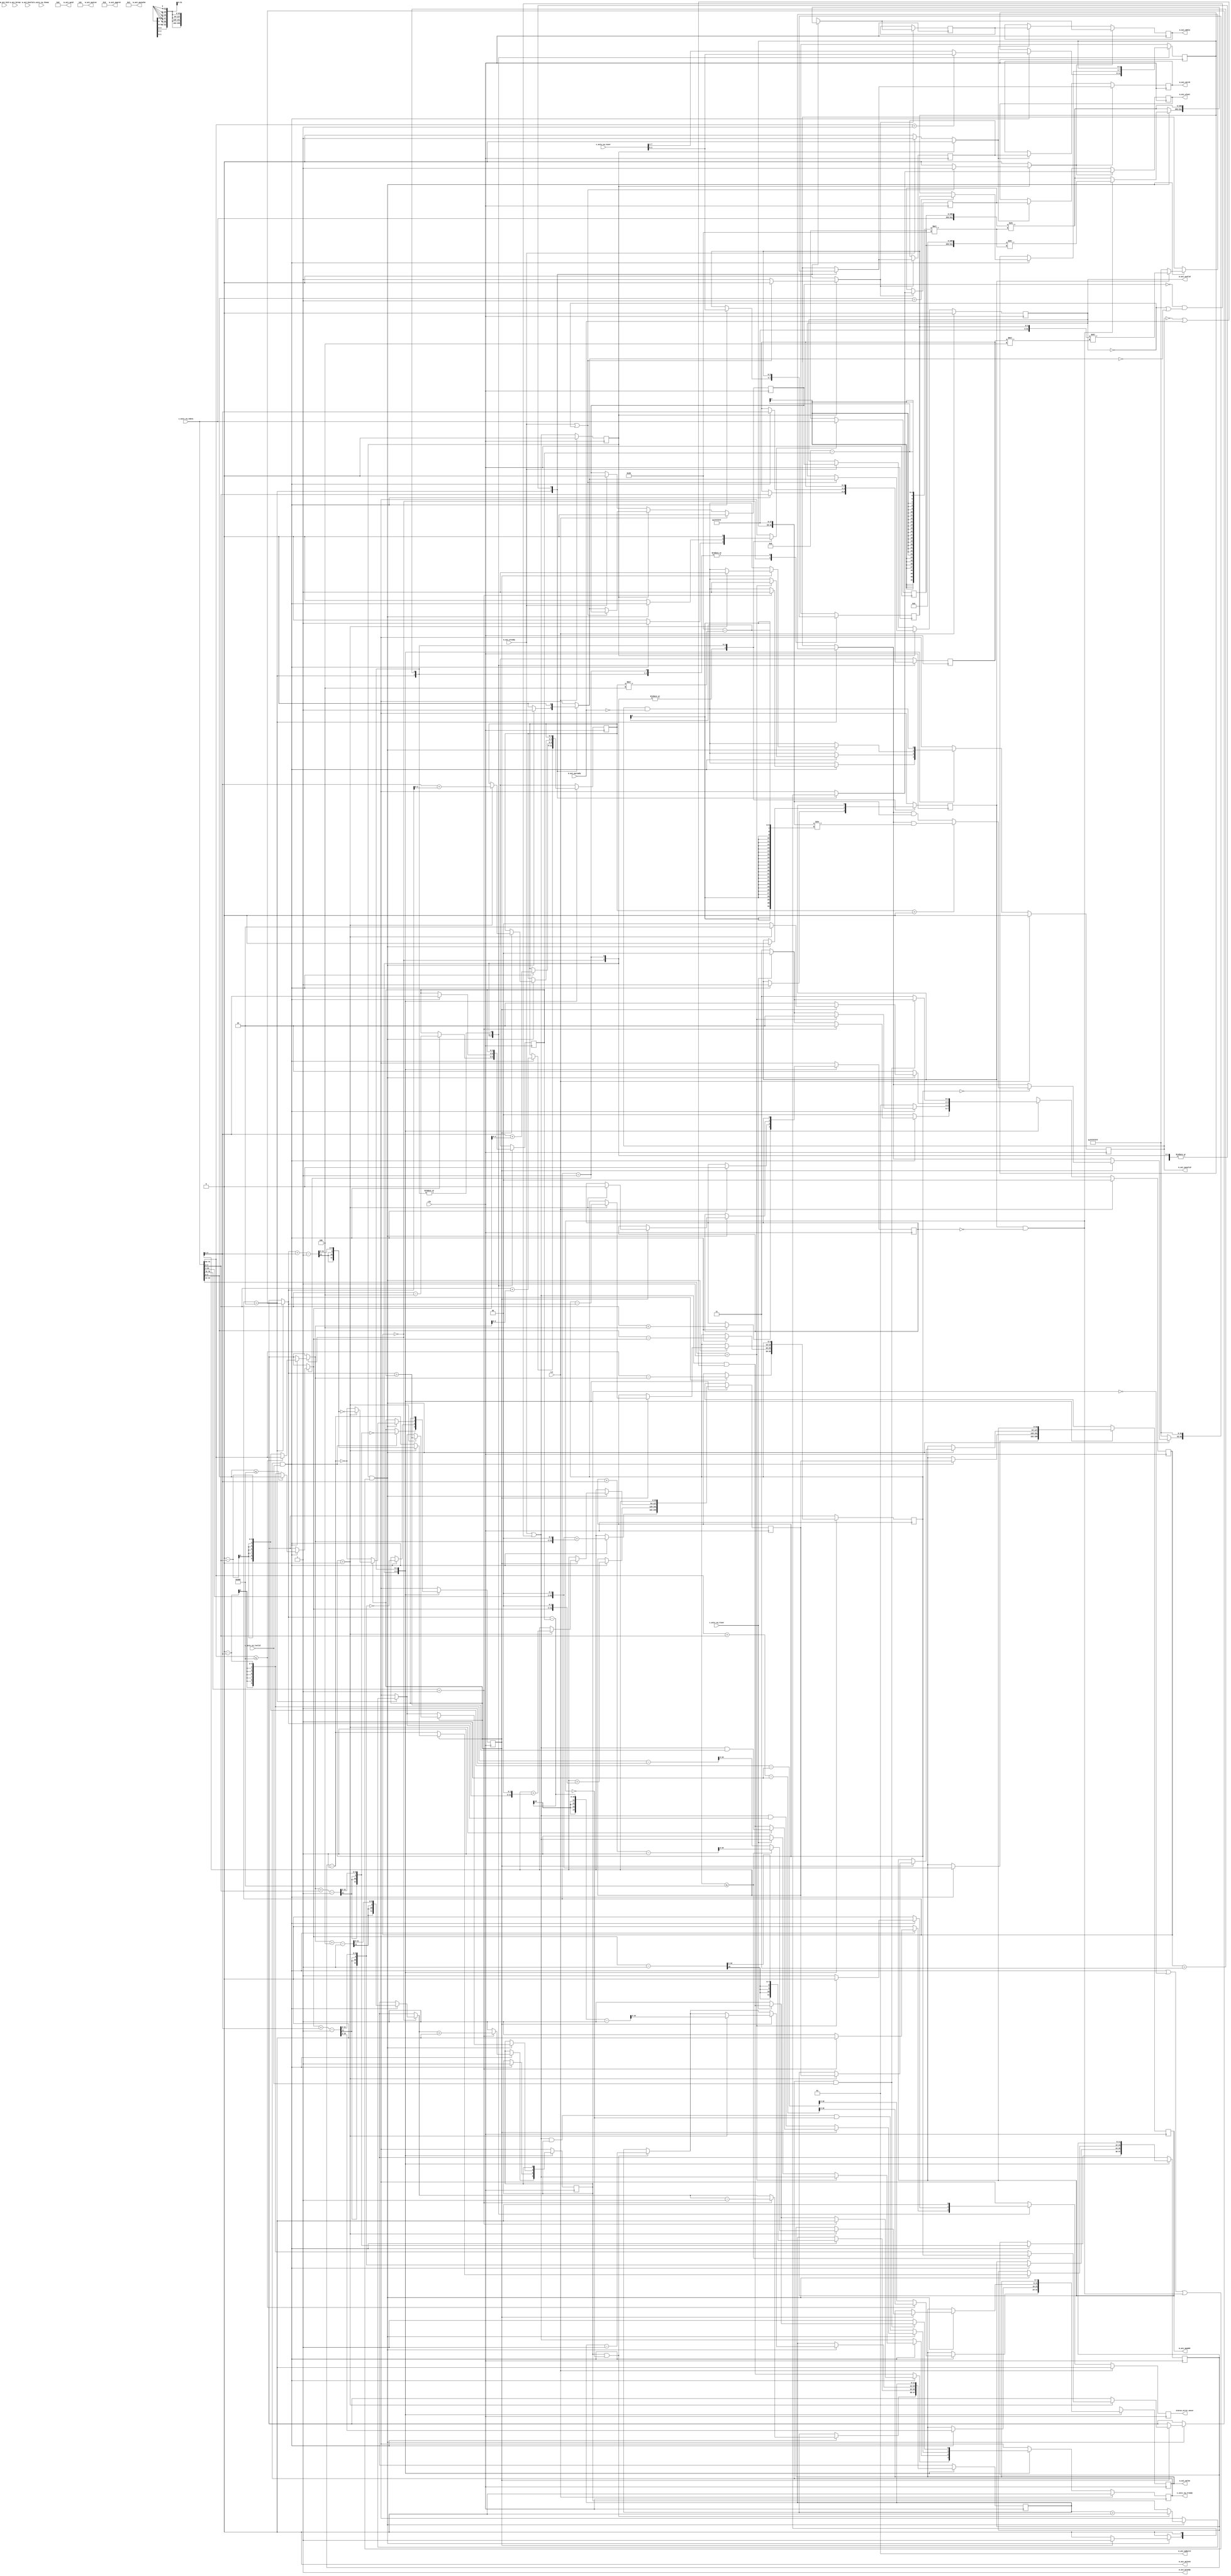
/*

Copyright (c) 2018 Alex Forencich

Permission is hereby granted, free of charge, to any person obtaining a copy
of this software and associated documentation files (the "Software"), to deal
in the Software without restriction, including without limitation the rights
to use, copy, modify, merge, publish, distribute, sublicense, and/or sell
copies of the Software, and to permit persons to whom the Software is
furnished to do so, subject to the following conditions:

The above copyright notice and this permission notice shall be included in
all copies or substantial portions of the Software.

THE SOFTWARE IS PROVIDED "AS IS", WITHOUT WARRANTY OF ANY KIND, EXPRESS OR
IMPLIED, INCLUDING BUT NOT LIMITED TO THE WARRANTIES OF MERCHANTABILITY
FITNESS FOR A PARTICULAR PURPOSE AND NONINFRINGEMENT. IN NO EVENT SHALL THE
AUTHORS OR COPYRIGHT HOLDERS BE LIABLE FOR ANY CLAIM, DAMAGES OR OTHER
LIABILITY, WHETHER IN AN ACTION OF CONTRACT, TORT OR OTHERWISE, ARISING FROM,
OUT OF OR IN CONNECTION WITH THE SOFTWARE OR THE USE OR OTHER DEALINGS IN
THE SOFTWARE.

*/

// Language: Verilog 2001

`timescale 1ns / 1ps

/*
 * Ultrascale PCIe AXI Master (write)
 */
module pcie_us_axi_master_wr #
(
    // Width of PCIe AXI stream interfaces in bits
    parameter AXIS_PCIE_DATA_WIDTH = 256,
    // PCIe AXI stream tkeep signal width (words per cycle)
    parameter AXIS_PCIE_KEEP_WIDTH = (AXIS_PCIE_DATA_WIDTH/32),
    // PCIe AXI stream CQ tuser signal width
    parameter AXIS_PCIE_CQ_USER_WIDTH = AXIS_PCIE_DATA_WIDTH < 512 ? 85 : 183,
    // Width of AXI data bus in bits
    parameter AXI_DATA_WIDTH = AXIS_PCIE_DATA_WIDTH,
    // Width of AXI address bus in bits
    parameter AXI_ADDR_WIDTH = 64,
    // Width of AXI wstrb (width of data bus in words)
    parameter AXI_STRB_WIDTH = (AXI_DATA_WIDTH/8),
    // Width of AXI ID signal
    parameter AXI_ID_WIDTH = 8,
    // Maximum AXI burst length to generate
    parameter AXI_MAX_BURST_LEN = 256
)
(
    input  wire                               clk,
    input  wire                               rst,

    /*
     * AXI input (CQ)
     */
    input  wire [AXIS_PCIE_DATA_WIDTH-1:0]    s_axis_cq_tdata,
    input  wire [AXIS_PCIE_KEEP_WIDTH-1:0]    s_axis_cq_tkeep,
    input  wire                               s_axis_cq_tvalid,
    output wire                               s_axis_cq_tready,
    input  wire                               s_axis_cq_tlast,
    input  wire [AXIS_PCIE_CQ_USER_WIDTH-1:0] s_axis_cq_tuser,

    /*
     * AXI Master output
     */
    output wire [AXI_ID_WIDTH-1:0]            m_axi_awid,
    output wire [AXI_ADDR_WIDTH-1:0]          m_axi_awaddr,
    output wire [7:0]                         m_axi_awlen,
    output wire [2:0]                         m_axi_awsize,
    output wire [1:0]                         m_axi_awburst,
    output wire                               m_axi_awlock,
    output wire [3:0]                         m_axi_awcache,
    output wire [2:0]                         m_axi_awprot,
    output wire                               m_axi_awvalid,
    input  wire                               m_axi_awready,
    output wire [AXI_DATA_WIDTH-1:0]          m_axi_wdata,
    output wire [AXI_STRB_WIDTH-1:0]          m_axi_wstrb,
    output wire                               m_axi_wlast,
    output wire                               m_axi_wvalid,
    input  wire                               m_axi_wready,
    input  wire [AXI_ID_WIDTH-1:0]            m_axi_bid,
    input  wire [1:0]                         m_axi_bresp,
    input  wire                               m_axi_bvalid,
    output wire                               m_axi_bready,

    /*
     * Status
     */
    output wire                               status_error_uncor
);

parameter AXI_WORD_WIDTH = AXI_STRB_WIDTH;
parameter AXI_WORD_SIZE = AXI_DATA_WIDTH/AXI_WORD_WIDTH;
parameter AXI_BURST_SIZE = $clog2(AXI_STRB_WIDTH);
parameter AXI_MAX_BURST_SIZE = AXI_MAX_BURST_LEN*AXI_WORD_WIDTH;

parameter AXIS_PCIE_WORD_WIDTH = AXIS_PCIE_KEEP_WIDTH;
parameter AXIS_PCIE_WORD_SIZE = AXIS_PCIE_DATA_WIDTH/AXIS_PCIE_WORD_WIDTH;

parameter OFFSET_WIDTH = $clog2(AXIS_PCIE_DATA_WIDTH/32);

// bus width assertions
initial begin
    if (AXIS_PCIE_DATA_WIDTH != 64 && AXIS_PCIE_DATA_WIDTH != 128 && AXIS_PCIE_DATA_WIDTH != 256 && AXIS_PCIE_DATA_WIDTH != 512) begin
        $error("Error: PCIe interface width must be 64, 128, 256, or 512 (instance %m)");
        $finish;
    end

    if (AXIS_PCIE_KEEP_WIDTH * 32 != AXIS_PCIE_DATA_WIDTH) begin
        $error("Error: PCIe interface requires dword (32-bit) granularity (instance %m)");
        $finish;
    end

    if (AXIS_PCIE_DATA_WIDTH == 512) begin
        if (AXIS_PCIE_CQ_USER_WIDTH != 183) begin
            $error("Error: PCIe CQ tuser width must be 183 (instance %m)");
            $finish;
        end
    end else begin
        if (AXIS_PCIE_CQ_USER_WIDTH != 85 && AXIS_PCIE_CQ_USER_WIDTH != 88) begin
            $error("Error: PCIe CQ tuser width must be 85 or 88 (instance %m)");
            $finish;
        end
    end

    if (AXI_DATA_WIDTH != AXIS_PCIE_DATA_WIDTH) begin
        $error("Error: AXI interface width must match PCIe interface width (instance %m)");
        $finish;
    end

    if (AXI_STRB_WIDTH * 8 != AXI_DATA_WIDTH) begin
        $error("Error: AXI interface requires byte (8-bit) granularity (instance %m)");
        $finish;
    end

    if (AXI_MAX_BURST_LEN < 1 || AXI_MAX_BURST_LEN > 256) begin
        $error("Error: AXI_MAX_BURST_LEN must be between 1 and 256 (instance %m)");
        $finish;
    end
end

localparam [3:0]
    REQ_MEM_READ = 4'b0000,
    REQ_MEM_WRITE = 4'b0001,
    REQ_IO_READ = 4'b0010,
    REQ_IO_WRITE = 4'b0011,
    REQ_MEM_FETCH_ADD = 4'b0100,
    REQ_MEM_SWAP = 4'b0101,
    REQ_MEM_CAS = 4'b0110,
    REQ_MEM_READ_LOCKED = 4'b0111,
    REQ_CFG_READ_0 = 4'b1000,
    REQ_CFG_READ_1 = 4'b1001,
    REQ_CFG_WRITE_0 = 4'b1010,
    REQ_CFG_WRITE_1 = 4'b1011,
    REQ_MSG = 4'b1100,
    REQ_MSG_VENDOR = 4'b1101,
    REQ_MSG_ATS = 4'b1110;

localparam [2:0]
    CPL_STATUS_SC  = 3'b000, // successful completion
    CPL_STATUS_UR  = 3'b001, // unsupported request
    CPL_STATUS_CRS = 3'b010, // configuration request retry status
    CPL_STATUS_CA  = 3'b100; // completer abort

localparam [1:0]
    STATE_IDLE = 2'd0,
    STATE_HEADER = 3'd1,
    STATE_TRANSFER = 2'd2,
    STATE_WAIT_END = 2'd3;

reg [1:0] state_reg = STATE_IDLE, state_next;

// datapath control signals
reg transfer_in_save;
reg flush_save;

reg [AXI_ADDR_WIDTH-1:0] axi_addr_reg = {AXI_ADDR_WIDTH{1'b0}}, axi_addr_next;
reg [9:0] op_dword_count_reg = 10'd0, op_dword_count_next;
reg [9:0] tr_dword_count_reg = 10'd0, tr_dword_count_next;
reg [11:0] input_cycle_count_reg = 12'd0, input_cycle_count_next;
reg [11:0] output_cycle_count_reg = 12'd0, output_cycle_count_next;
reg input_active_reg = 1'b0, input_active_next;
reg bubble_cycle_reg = 1'b0, bubble_cycle_next;
reg first_cycle_reg = 1'b0, first_cycle_next;
reg last_cycle_reg = 1'b0, last_cycle_next;

reg [3:0] type_reg = 4'd0, type_next;
reg [3:0] first_be_reg = 4'd0, first_be_next;
reg [3:0] last_be_reg = 4'd0, last_be_next;
reg [OFFSET_WIDTH-1:0] offset_reg = {OFFSET_WIDTH{1'b0}}, offset_next;
reg [OFFSET_WIDTH-1:0] first_cycle_offset_reg = {OFFSET_WIDTH{1'b0}}, first_cycle_offset_next;
reg [OFFSET_WIDTH-1:0] last_cycle_offset_reg = {OFFSET_WIDTH{1'b0}}, last_cycle_offset_next;

reg s_axis_cq_tready_reg = 1'b0, s_axis_cq_tready_next;

reg [AXI_ADDR_WIDTH-1:0] m_axi_awaddr_reg = {AXI_ADDR_WIDTH{1'b0}}, m_axi_awaddr_next;
reg [7:0] m_axi_awlen_reg = 8'd0, m_axi_awlen_next;
reg m_axi_awvalid_reg = 1'b0, m_axi_awvalid_next;

reg [AXI_DATA_WIDTH-1:0] save_axis_tdata_reg = {AXI_DATA_WIDTH{1'b0}};

wire [AXI_DATA_WIDTH-1:0] shift_axis_tdata = {s_axis_cq_tdata, save_axis_tdata_reg} >> ((AXI_STRB_WIDTH/4-offset_reg)*32);

reg status_error_uncor_reg = 1'b0, status_error_uncor_next;

// internal datapath
reg  [AXI_DATA_WIDTH-1:0]  m_axi_wdata_int;
reg  [AXI_STRB_WIDTH-1:0]  m_axi_wstrb_int;
reg                        m_axi_wvalid_int;
reg                        m_axi_wready_int_reg = 1'b0;
reg                        m_axi_wlast_int;
wire                       m_axi_wready_int_early;

assign s_axis_cq_tready = s_axis_cq_tready_reg;

assign m_axi_awid = {AXI_ID_WIDTH{1'b0}};
assign m_axi_awaddr = m_axi_awaddr_reg;
assign m_axi_awlen = m_axi_awlen_reg;
assign m_axi_awsize = $clog2(AXI_STRB_WIDTH);
assign m_axi_awburst = 2'b01;
assign m_axi_awlock = 1'b0;
assign m_axi_awcache = 4'b0011;
assign m_axi_awprot = 3'b010;
assign m_axi_awvalid = m_axi_awvalid_reg;

assign m_axi_bready = 1'b1;

assign status_error_uncor = status_error_uncor_reg;

always @* begin
    state_next = STATE_IDLE;

    transfer_in_save = 1'b0;

    s_axis_cq_tready_next = 1'b0;

    type_next = type_reg;
    axi_addr_next = axi_addr_reg;
    op_dword_count_next = op_dword_count_reg;
    tr_dword_count_next = tr_dword_count_reg;
    input_cycle_count_next = input_cycle_count_reg;
    output_cycle_count_next = output_cycle_count_reg;
    input_active_next = input_active_reg;
    bubble_cycle_next = bubble_cycle_reg;
    first_cycle_next = first_cycle_reg;
    last_cycle_next = last_cycle_reg;
    first_be_next = first_be_reg;
    last_be_next = last_be_reg;
    offset_next = offset_reg;
    first_cycle_offset_next = first_cycle_offset_reg;
    last_cycle_offset_next = last_cycle_offset_reg;

    m_axi_awaddr_next = m_axi_awaddr_reg;
    m_axi_awlen_next = m_axi_awlen_reg;
    m_axi_awvalid_next = m_axi_awvalid_reg && !m_axi_awready;

    m_axi_wdata_int = shift_axis_tdata;
    m_axi_wstrb_int = {AXI_STRB_WIDTH{1'b1}};
    m_axi_wvalid_int = 1'b0;
    m_axi_wlast_int = 1'b0;

    status_error_uncor_next = 1'b0;

    case (state_reg)
        STATE_IDLE: begin
            // idle state, wait for completion request
            if (AXIS_PCIE_DATA_WIDTH > 64) begin
                s_axis_cq_tready_next = m_axi_wready_int_early && (!m_axi_awvalid || m_axi_awready);

                if (s_axis_cq_tready && s_axis_cq_tvalid) begin
                    transfer_in_save = 1'b1;

                    // header fields
                    axi_addr_next = {s_axis_cq_tdata[63:2], 2'b00};
                    op_dword_count_next = s_axis_cq_tdata[74:64];
                    type_next = s_axis_cq_tdata[78:75];

                    // tuser fields
                    if (AXIS_PCIE_DATA_WIDTH == 512) begin
                        first_be_next = s_axis_cq_tuser[3:0];
                        last_be_next = s_axis_cq_tuser[11:8];
                    end else begin
                        first_be_next = s_axis_cq_tuser[3:0];
                        last_be_next = s_axis_cq_tuser[7:4];
                    end

                    if (op_dword_count_next == 1) begin
                        // use first_be for both byte enables for single DWORD transfers
                        last_be_next = first_be_next;
                    end

                    if (op_dword_count_next <= AXI_MAX_BURST_SIZE/4) begin
                        // packet smaller than max burst size
                        // assumed to not cross 4k boundary, send one request
                        tr_dword_count_next = op_dword_count_next;
                        m_axi_awlen_next = (tr_dword_count_next + axi_addr_next[OFFSET_WIDTH+2-1:2] - 1) >> (AXI_BURST_SIZE-2);
                    end else begin
                        // packet larger than max burst size
                        // assumed to not cross 4k boundary, send one request
                        tr_dword_count_next = AXI_MAX_BURST_SIZE/4 - axi_addr_next[OFFSET_WIDTH+2-1:2];
                        m_axi_awlen_next = (tr_dword_count_next - 1) >> (AXI_BURST_SIZE-2);
                    end

                    m_axi_awaddr_next = axi_addr_next;

                    // required DWORD shift to place first DWORD from the TLP payload into proper position on AXI interface
                    // bubble cycle required if first TLP payload transfer does not fill first AXI transfer
                    if (AXIS_PCIE_DATA_WIDTH >= 256) begin
                        offset_next = axi_addr_next[OFFSET_WIDTH+2-1:2] - 4;
                        bubble_cycle_next = axi_addr_next[OFFSET_WIDTH+2-1:2] < 4;
                    end else begin
                        offset_next = axi_addr_next[OFFSET_WIDTH+2-1:2];
                        bubble_cycle_next = 1'b0;
                    end
                    first_cycle_offset_next = axi_addr_next[OFFSET_WIDTH+2-1:2];
                    first_cycle_next = 1'b1;

                    // number of bus transfers in TLP, DOWRD count plus payload start DWORD offset, divided by bus width in DWORDS
                    if (AXIS_PCIE_DATA_WIDTH >= 256) begin
                        input_cycle_count_next = (tr_dword_count_next + 4 - 1) >> (AXI_BURST_SIZE-2);
                    end else begin
                        input_cycle_count_next = (tr_dword_count_next - 1) >> (AXI_BURST_SIZE-2);
                    end
                    // number of bus transfers to AXI, DWORD count plus DWORD offset, divided by bus width in DWORDS
                    output_cycle_count_next = (tr_dword_count_next + axi_addr_next[OFFSET_WIDTH+2-1:2] - 1) >> (AXI_BURST_SIZE-2);
                    last_cycle_offset_next = axi_addr_next[OFFSET_WIDTH+2-1:2] + tr_dword_count_next;
                    last_cycle_next = output_cycle_count_next == 0;
                    input_active_next = 1'b1;

                    axi_addr_next = axi_addr_next + (tr_dword_count_next << 2);
                    op_dword_count_next = op_dword_count_next - tr_dword_count_next;

                    if (type_next == REQ_MEM_WRITE) begin
                        // write request
                        m_axi_awvalid_next = 1'b1;
                        if (AXIS_PCIE_DATA_WIDTH >= 256) begin
                            // some data is transferred with header
                            input_active_next = input_cycle_count_next > 0;
                            input_cycle_count_next = input_cycle_count_next - 1;
                            s_axis_cq_tready_next = 1'b0;
                            state_next = STATE_TRANSFER;
                        end else begin
                            s_axis_cq_tready_next = m_axi_wready_int_early;
                            state_next = STATE_TRANSFER;
                        end
                    end else begin
                        // invalid request
                        status_error_uncor_next = 1'b1;
                        if (s_axis_cq_tlast) begin
                            state_next = STATE_IDLE;
                        end else begin
                            s_axis_cq_tready_next = 1'b1;
                            state_next = STATE_WAIT_END;
                        end
                    end
                end else begin
                    state_next = STATE_IDLE;
                end
            end else begin
                s_axis_cq_tready_next = !m_axi_awvalid || m_axi_awready;

                if (s_axis_cq_tready & s_axis_cq_tvalid) begin
                    // header fields
                    axi_addr_next = {s_axis_cq_tdata[63:2], 2'b00};

                    // tuser fields
                    first_be_next = s_axis_cq_tuser[3:0];
                    last_be_next = s_axis_cq_tuser[7:4];

                    state_next = STATE_HEADER;
                end else begin
                    state_next = STATE_IDLE;
                end
            end
        end
        STATE_HEADER: begin
            // header state, store rest of header (64 bit interface only)
            s_axis_cq_tready_next = m_axi_wready_int_early;

            if (s_axis_cq_tready && s_axis_cq_tvalid) begin
                transfer_in_save = 1'b1;

                // header fields
                op_dword_count_next = s_axis_cq_tdata[10:0];
                type_next = s_axis_cq_tdata[14:11];

                if (op_dword_count_next == 1) begin
                    // use first_be for both byte enables for single DWORD transfers
                    last_be_next = first_be_reg;
                end

                if (op_dword_count_next <= AXI_MAX_BURST_SIZE/4) begin
                    // packet smaller than max burst size (only for 64 bits)
                    // assumed to not cross 4k boundary, send one request
                    tr_dword_count_next = op_dword_count_next;
                end else begin
                    // packet larger than max burst size
                    // assumed to not cross 4k boundary, send one request
                    tr_dword_count_next = AXI_MAX_BURST_SIZE/4 - axi_addr_reg[OFFSET_WIDTH+2-1:2];
                end

                // required DWORD shift to place first DWORD from the TLP payload into proper position on AXI interface
                // bubble cycle required if first TLP payload transfer does not fill first AXI transfer
                offset_next = axi_addr_reg[OFFSET_WIDTH+2-1:2];
                bubble_cycle_next = 1'b0;
                first_cycle_offset_next = axi_addr_reg[OFFSET_WIDTH+2-1:2];
                first_cycle_next = 1'b1;

                // number of bus transfers in TLP, DOWRD count plus payload start DWORD offset, divided by bus width in DWORDS
                input_cycle_count_next = (tr_dword_count_next - 1) >> (AXI_BURST_SIZE-2);
                // number of bus transfers to AXI, DWORD count plus DWORD offset, divided by bus width in DWORDS
                output_cycle_count_next = (tr_dword_count_next + axi_addr_reg[OFFSET_WIDTH+2-1:2] - 1) >> (AXI_BURST_SIZE-2);
                last_cycle_offset_next = axi_addr_reg[OFFSET_WIDTH+2-1:2] + tr_dword_count_next;
                last_cycle_next = output_cycle_count_next == 0;
                input_active_next = 1'b1;

                m_axi_awaddr_next = axi_addr_reg;
                m_axi_awlen_next = output_cycle_count_next;

                axi_addr_next = axi_addr_reg + (tr_dword_count_next << 2);
                op_dword_count_next = op_dword_count_next - tr_dword_count_next;

                if (type_next == REQ_MEM_WRITE) begin
                    // write request
                    m_axi_awvalid_next = 1'b1;
                    s_axis_cq_tready_next = m_axi_wready_int_early;
                    state_next = STATE_TRANSFER;
                end else begin
                    // invalid request
                    status_error_uncor_next = 1'b1;
                    if (s_axis_cq_tlast) begin
                        state_next = STATE_IDLE;
                    end else begin
                        s_axis_cq_tready_next = 1'b1;
                        state_next = STATE_WAIT_END;
                    end
                end
            end else begin
                state_next = STATE_HEADER;
            end
        end
        STATE_TRANSFER: begin
            // transfer state, transfer data
            s_axis_cq_tready_next = m_axi_wready_int_early && input_active_reg && !(AXIS_PCIE_DATA_WIDTH >= 256 && first_cycle_reg && !bubble_cycle_reg);

            if (m_axi_wready_int_reg && ((s_axis_cq_tready && s_axis_cq_tvalid) || !input_active_reg || (AXIS_PCIE_DATA_WIDTH >= 256 && first_cycle_reg && !bubble_cycle_reg))) begin
                transfer_in_save = s_axis_cq_tready && s_axis_cq_tvalid;

                // transfer data
                if (AXIS_PCIE_DATA_WIDTH >= 256 && first_cycle_reg && !bubble_cycle_reg) begin
                    m_axi_wdata_int = {save_axis_tdata_reg, {AXIS_PCIE_DATA_WIDTH{1'b0}}} >> ((AXI_STRB_WIDTH/4-offset_reg)*32);
                    s_axis_cq_tready_next = m_axi_wready_int_early && input_active_reg;
                end else begin
                    m_axi_wdata_int = shift_axis_tdata;
                end
                // generate strb signal
                if (first_cycle_reg) begin
                    m_axi_wstrb_int = {{AXI_STRB_WIDTH-4{1'b1}}, first_be_reg} << (first_cycle_offset_reg*4);
                end else begin
                    m_axi_wstrb_int = {AXI_STRB_WIDTH{1'b1}};
                end

                // update cycle counters
                if (input_active_reg && !(AXIS_PCIE_DATA_WIDTH >= 256 && first_cycle_reg && !bubble_cycle_reg)) begin
                    input_cycle_count_next = input_cycle_count_reg - 1;
                    input_active_next = input_cycle_count_reg > 0;
                end
                output_cycle_count_next = output_cycle_count_reg - 1;
                last_cycle_next = output_cycle_count_next == 0;

                // modify strb signal at end of transfer
                if (last_cycle_reg) begin
                    if (op_dword_count_reg == 0) begin
                        if (last_cycle_offset_reg > 0) begin
                            m_axi_wstrb_int = m_axi_wstrb_int & {last_be_reg, {AXI_STRB_WIDTH-4{1'b1}}} >> (AXI_STRB_WIDTH-last_cycle_offset_reg*4);
                        end else begin
                            m_axi_wstrb_int = m_axi_wstrb_int & {last_be_reg, {AXI_STRB_WIDTH-4{1'b1}}};
                        end
                    end
                    m_axi_wlast_int = 1'b1;
                end
                m_axi_wvalid_int = 1'b1;
                first_cycle_next = 1'b0;
                if (!last_cycle_reg) begin
                    s_axis_cq_tready_next = m_axi_wready_int_early && input_active_next;
                    state_next = STATE_TRANSFER;
                end else if (op_dword_count_reg > 0) begin
                    // current transfer done, but operation not finished yet
                    if (op_dword_count_reg <= AXI_MAX_BURST_SIZE/4) begin
                        // packet smaller than max burst size
                        // assumed to not cross 4k boundary, send one request
                        tr_dword_count_next = op_dword_count_reg;
                        m_axi_awlen_next = (tr_dword_count_next + axi_addr_reg[OFFSET_WIDTH+2-1:2] - 1) >> (AXI_BURST_SIZE-2);
                    end else begin
                        // packet larger than max burst size
                        // assumed to not cross 4k boundary, send one request
                        tr_dword_count_next = AXI_MAX_BURST_SIZE/4 - axi_addr_reg[OFFSET_WIDTH+2-1:2];
                        m_axi_awlen_next = (tr_dword_count_next - 1) >> (AXI_BURST_SIZE-2);
                    end

                    m_axi_awaddr_next = axi_addr_reg;

                    // keep offset, no bubble cycles, not first cycle
                    bubble_cycle_next = 1'b0;
                    first_cycle_next = 1'b0;

                    // number of bus transfers in TLP, DOWRD count minus payload start DWORD offset, divided by bus width in DWORDS
                    input_cycle_count_next = (tr_dword_count_next - offset_reg - 1) >> (AXI_BURST_SIZE-2);
                    // number of bus transfers to AXI, DWORD count plus DWORD offset, divided by bus width in DWORDS
                    output_cycle_count_next = (tr_dword_count_next + axi_addr_reg[OFFSET_WIDTH+2-1:2] - 1) >> (AXI_BURST_SIZE-2);
                    last_cycle_offset_next = axi_addr_reg[OFFSET_WIDTH+2-1:2] + tr_dword_count_next;
                    last_cycle_next = output_cycle_count_next == 0;
                    input_active_next = tr_dword_count_next > offset_reg;

                    axi_addr_next = axi_addr_reg + (tr_dword_count_next << 2);
                    op_dword_count_next = op_dword_count_reg - tr_dword_count_next;

                    m_axi_awvalid_next = 1'b1;
                    s_axis_cq_tready_next = m_axi_wready_int_early && input_active_next;
                    state_next = STATE_TRANSFER;
                end else begin
                    s_axis_cq_tready_next = m_axi_wready_int_early && (!m_axi_awvalid || m_axi_awready);
                    state_next = STATE_IDLE;
                end
            end else begin
                state_next = STATE_TRANSFER;
            end
        end
        STATE_WAIT_END: begin
            // wait end state, wait for end of TLP
            s_axis_cq_tready_next = 1'b1;

            if (s_axis_cq_tready & s_axis_cq_tvalid) begin
                if (s_axis_cq_tlast) begin
                    if (AXIS_PCIE_DATA_WIDTH > 64) begin
                        s_axis_cq_tready_next = m_axi_wready_int_early && (!m_axi_awvalid || m_axi_awready);
                    end else begin
                        s_axis_cq_tready_next = 1'b1;
                    end
                    state_next = STATE_IDLE;
                end else begin
                    state_next = STATE_WAIT_END;
                end
            end else begin
                state_next = STATE_WAIT_END;
            end
        end
    endcase
end

always @(posedge clk) begin
    if (rst) begin
        state_reg <= STATE_IDLE;
        s_axis_cq_tready_reg <= 1'b0;

        m_axi_awvalid_reg <= 1'b0;

        status_error_uncor_reg <= 1'b0;
    end else begin
        state_reg <= state_next;
        s_axis_cq_tready_reg <= s_axis_cq_tready_next;

        m_axi_awvalid_reg <= m_axi_awvalid_next;

        status_error_uncor_reg <= status_error_uncor_next;
    end

    axi_addr_reg <= axi_addr_next;
    op_dword_count_reg <= op_dword_count_next;
    tr_dword_count_reg <= tr_dword_count_next;
    input_cycle_count_reg <= input_cycle_count_next;
    output_cycle_count_reg <= output_cycle_count_next;
    input_active_reg <= input_active_next;
    bubble_cycle_reg <= bubble_cycle_next;
    first_cycle_reg <= first_cycle_next;
    last_cycle_reg <= last_cycle_next;

    type_reg <= type_next;
    first_be_reg <= first_be_next;
    last_be_reg <= last_be_next;
    offset_reg <= offset_next;
    first_cycle_offset_reg <= first_cycle_offset_next;
    last_cycle_offset_reg <= last_cycle_offset_next;

    m_axi_awaddr_reg <= m_axi_awaddr_next;
    m_axi_awlen_reg <= m_axi_awlen_next;

    if (transfer_in_save) begin
        save_axis_tdata_reg <= s_axis_cq_tdata;
    end
end

// output datapath logic (AXI write data)
reg [AXI_DATA_WIDTH-1:0] m_axi_wdata_reg = {AXI_DATA_WIDTH{1'b0}};
reg [AXI_STRB_WIDTH-1:0] m_axi_wstrb_reg = {AXI_STRB_WIDTH{1'b0}};
reg                      m_axi_wvalid_reg = 1'b0, m_axi_wvalid_next;
reg                      m_axi_wlast_reg = 1'b0;

reg [AXI_DATA_WIDTH-1:0] temp_m_axi_wdata_reg = {AXI_DATA_WIDTH{1'b0}};
reg [AXI_STRB_WIDTH-1:0] temp_m_axi_wstrb_reg = {AXI_STRB_WIDTH{1'b0}};
reg                      temp_m_axi_wvalid_reg = 1'b0, temp_m_axi_wvalid_next;
reg                      temp_m_axi_wlast_reg = 1'b0;

// datapath control
reg store_axi_w_int_to_output;
reg store_axi_w_int_to_temp;
reg store_axi_w_temp_to_output;

assign m_axi_wdata = m_axi_wdata_reg;
assign m_axi_wstrb = m_axi_wstrb_reg;
assign m_axi_wvalid = m_axi_wvalid_reg;
assign m_axi_wlast = m_axi_wlast_reg;

// enable ready input next cycle if output is ready or the temp reg will not be filled on the next cycle (output reg empty or no input)
assign m_axi_wready_int_early = m_axi_wready || (!temp_m_axi_wvalid_reg && (!m_axi_wvalid_reg || !m_axi_wvalid_int));

always @* begin
    // transfer sink ready state to source
    m_axi_wvalid_next = m_axi_wvalid_reg;
    temp_m_axi_wvalid_next = temp_m_axi_wvalid_reg;

    store_axi_w_int_to_output = 1'b0;
    store_axi_w_int_to_temp = 1'b0;
    store_axi_w_temp_to_output = 1'b0;
    
    if (m_axi_wready_int_reg) begin
        // input is ready
        if (m_axi_wready || !m_axi_wvalid_reg) begin
            // output is ready or currently not valid, transfer data to output
            m_axi_wvalid_next = m_axi_wvalid_int;
            store_axi_w_int_to_output = 1'b1;
        end else begin
            // output is not ready, store input in temp
            temp_m_axi_wvalid_next = m_axi_wvalid_int;
            store_axi_w_int_to_temp = 1'b1;
        end
    end else if (m_axi_wready) begin
        // input is not ready, but output is ready
        m_axi_wvalid_next = temp_m_axi_wvalid_reg;
        temp_m_axi_wvalid_next = 1'b0;
        store_axi_w_temp_to_output = 1'b1;
    end
end

always @(posedge clk) begin
    if (rst) begin
        m_axi_wvalid_reg <= 1'b0;
        m_axi_wready_int_reg <= 1'b0;
        temp_m_axi_wvalid_reg <= 1'b0;
    end else begin
        m_axi_wvalid_reg <= m_axi_wvalid_next;
        m_axi_wready_int_reg <= m_axi_wready_int_early;
        temp_m_axi_wvalid_reg <= temp_m_axi_wvalid_next;
    end

    // datapath
    if (store_axi_w_int_to_output) begin
        m_axi_wdata_reg <= m_axi_wdata_int;
        m_axi_wstrb_reg <= m_axi_wstrb_int;
        m_axi_wlast_reg <= m_axi_wlast_int;
    end else if (store_axi_w_temp_to_output) begin
        m_axi_wdata_reg <= temp_m_axi_wdata_reg;
        m_axi_wstrb_reg <= temp_m_axi_wstrb_reg;
        m_axi_wlast_reg <= temp_m_axi_wlast_reg;
    end

    if (store_axi_w_int_to_temp) begin
        temp_m_axi_wdata_reg <= m_axi_wdata_int;
        temp_m_axi_wstrb_reg <= m_axi_wstrb_int;
        temp_m_axi_wlast_reg <= m_axi_wlast_int;
    end
end

endmodule